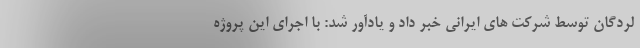
لردگان توسط شرکت های ایرانی خبر داد و یادآور شد: با اجرای این پروژه